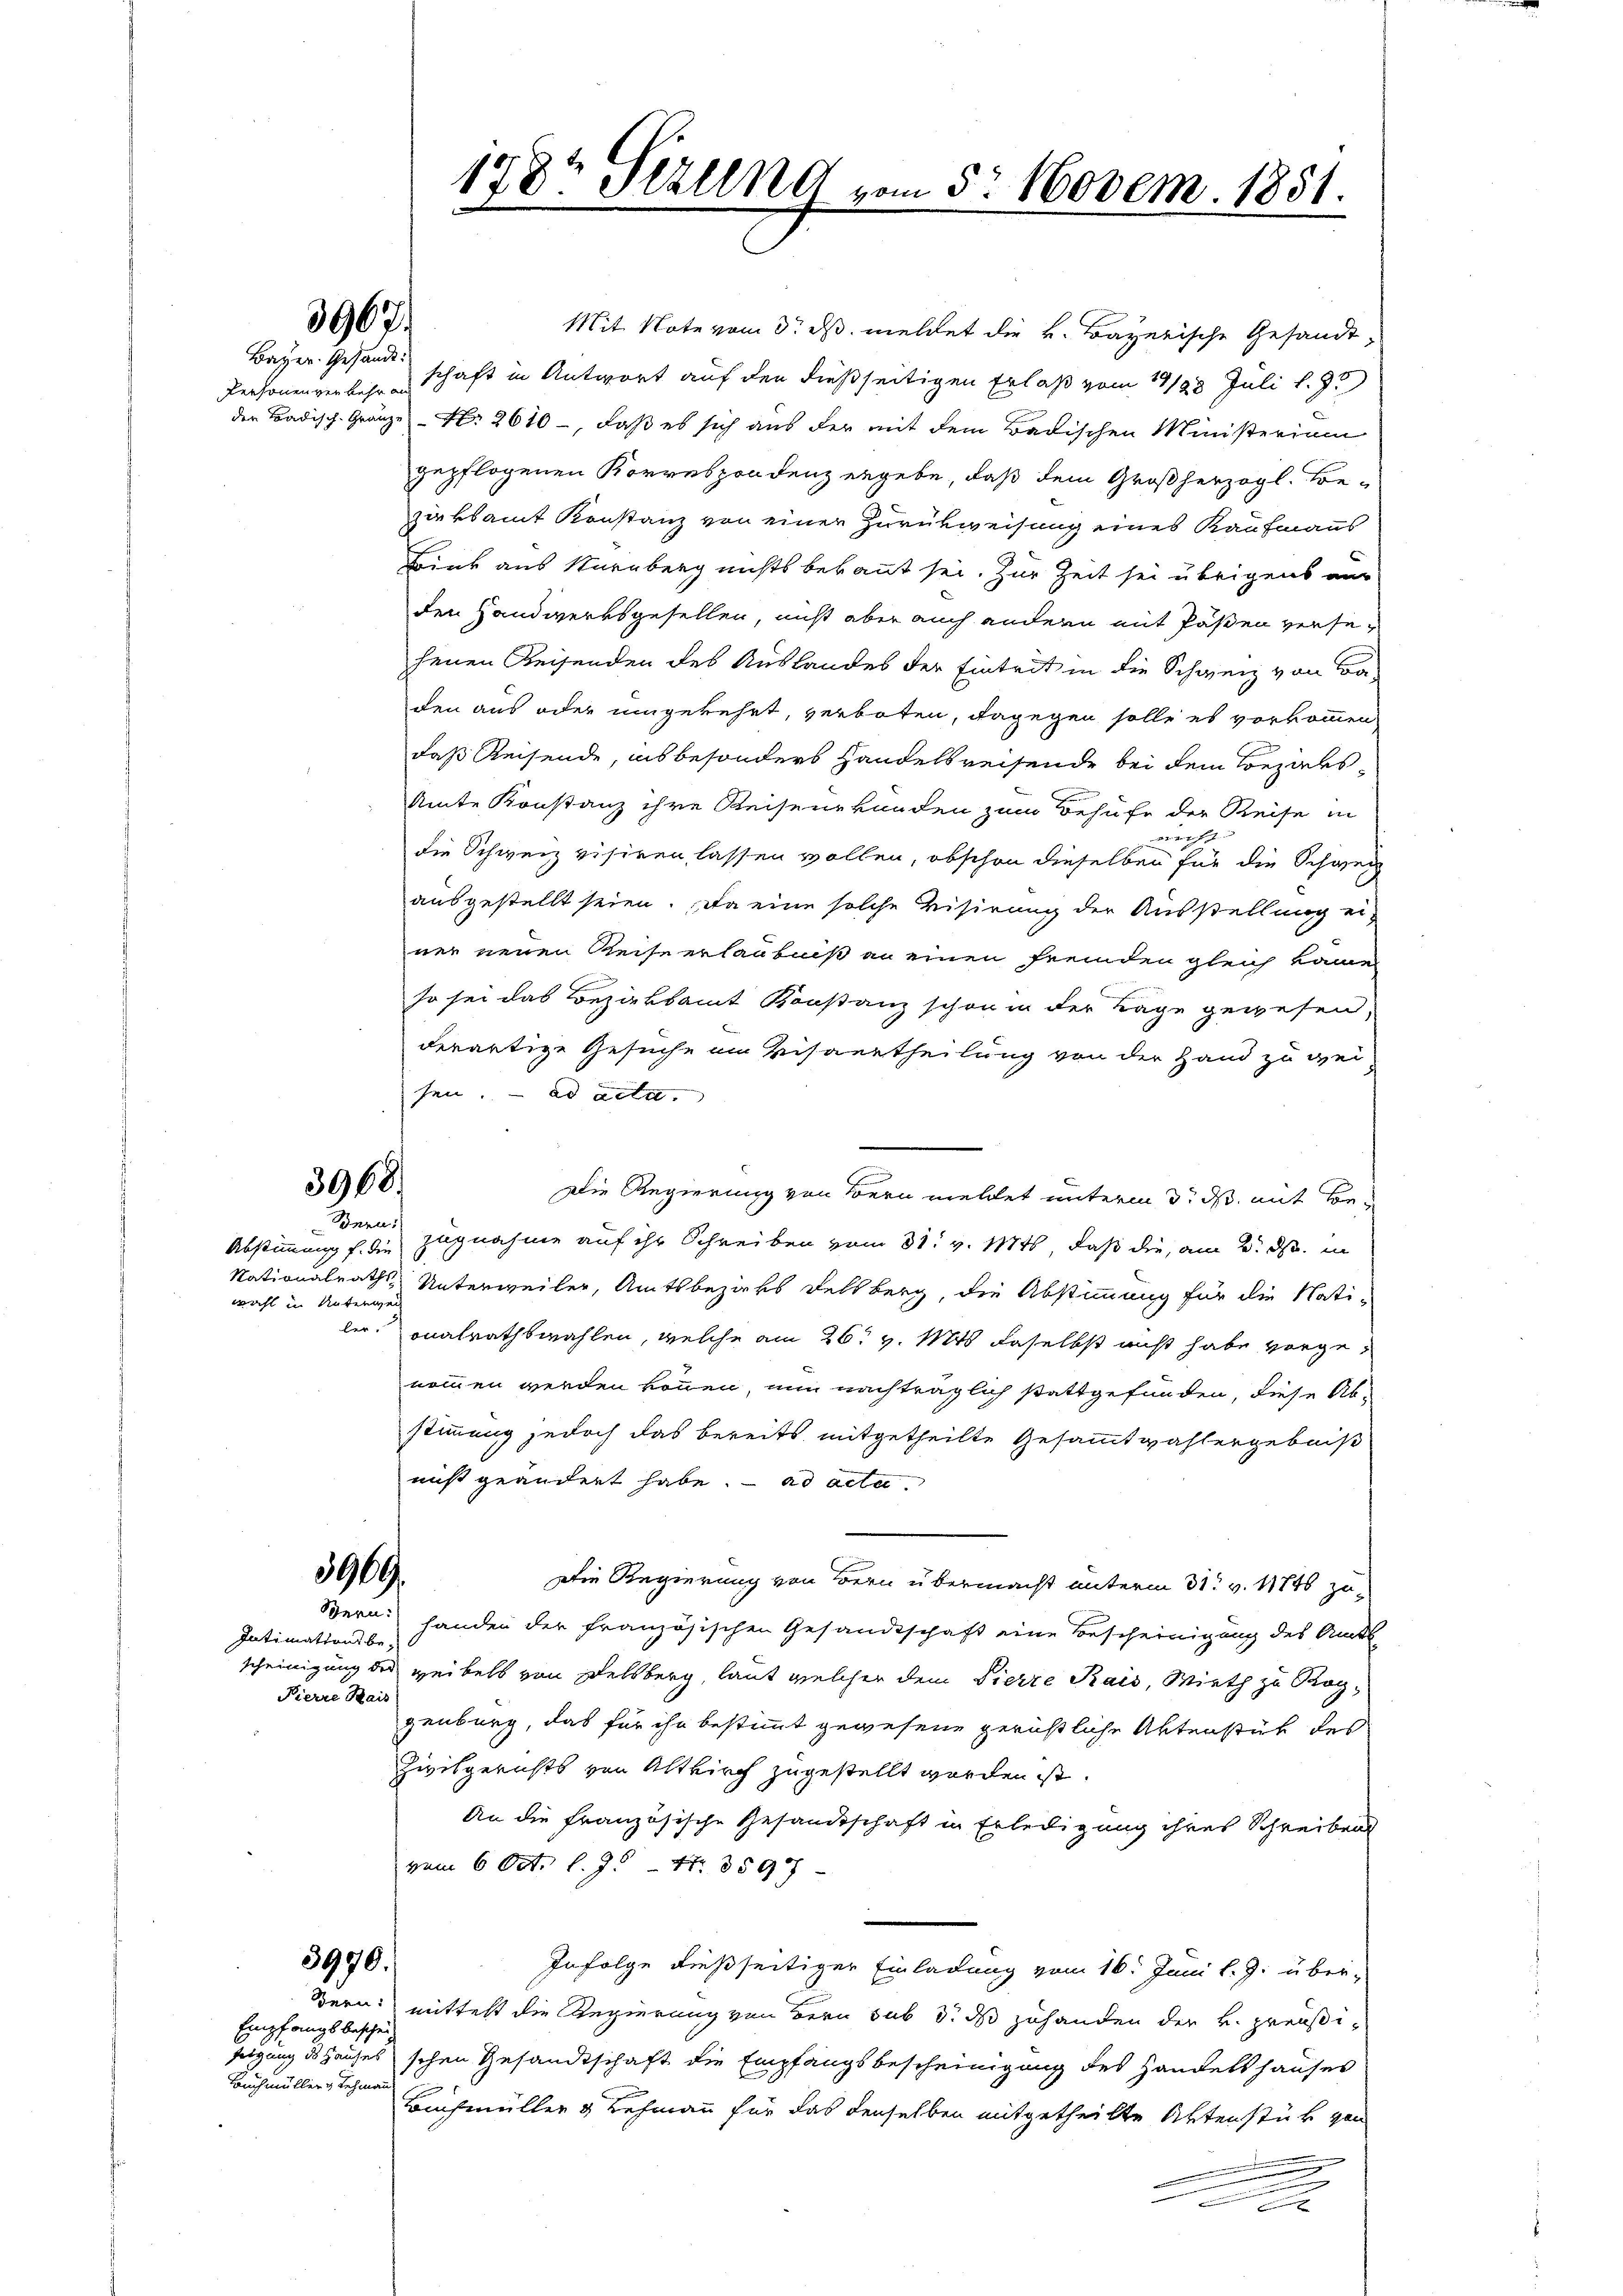
Bayer. Gesandt.

Mit Note vom 3. ds. meldet die v. Bayerische Gesandt¬
Personenverkehrschaft in Antwort auf den dießseitigen Erlaß vom 19/28. Juli l. 95
der Badisch. Gränze Nr. 2610 -, daß es sich aus der mit dem Badischen Ministerium
gepflogenen Korrespondenz ergebe, daß dem Großherzogl. Be-
zirksamt Konstanz von einer Zurükweisung eines Kaufmanns
Bink aus Nürnberg nichts bekannt sei. Zur Zeit sei übrigens aus
den Handwerksgesellen, nicht aber auch andern mit Päßen versefenen Reisenden des Auslandes der Eintrit in die Schweiz von Baden aus oder umgekehrt, verboten, dagegen solle es vorkommen
daß Reisende, insbesonders Handelsreisende bei dem Bezaks¬
Amte Konstanz ihre Reisenkunden zum Behufe der Reise in
ergesehe
die Schweiz visiren, lassen wollen, obschon dieselben für die Schweiz
ausgestellt seien. Da eine solche Visirung der Ausstellung ei-
ner neuen Keise erlaubniß an einen fremden gleich kame
so sei das Bezirksamt Konstanz schon in der Lage gewesen,
derartige Gesuche im Kiseurtheilung von der Hand zu wei-
sen. ad acta.
Die Regierung von Bern mellet unterm 3. ds. mit vor¬
Bern,
Abstimmung f. die Zugnahme auf ihr Schreiben vom 31. v. 1846, daß die, am 2. ds. in
Nationalraths- Unterweiler, Amtsbezirks Delsberg, die Abstimmung für die Nati-
wahl in Unterwei
ler, sonalrathswahlen, welche am 26t v. Ms. daselbst nicht habe vorgenommen werden können, nun nachträglich stattgefunden, diese Ab-
stimmung jedoch das bereits mitgetheilte Gesammtwahlergebniß
nicht geändert habe. ad acta.
5969.
Die Regierung von Bern übermacht unterm 31. v. 11746 zu¬
Sern. Handen der französischen Gesandtschaft eine Bescheinigung des Amts
Intimationsbe-
scheinigung des weibels von Delsberg, laut welcher dem Vierte Kais, Mieth zu Rog¬
Pierre Kais
genburg, das für ihr bestimmt gewesene gerichtliche Aktenstück des
Zivilgerichts von Altkirch zugestellt worden ist.
An die Französische Gesandtschaft in Erledigung ihres Schreiben
vom 6 Oct. l. 95 N. 359
3970.
Infolge dießseitiger Einladung vom 16. Juni l. J. über¬
Bern mittest die Regierung von Bern sub 3. ds zuhanden der k. preußi¬
Empfangs beschei
sezung ds Hauses schen Gesandtschaft die Empfangsbescheinigung des Handelshauses
Bauch müller & Lehmann
Buchmüller & Lehmann für das denselben mitgetheilte Aktenstück gen
u
.

5967.

3968.

178t Sizung vom 5. Novem. 1851.
e